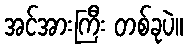
အင်အားကြီး တစ်ခုပဲ။